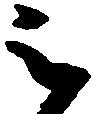
之